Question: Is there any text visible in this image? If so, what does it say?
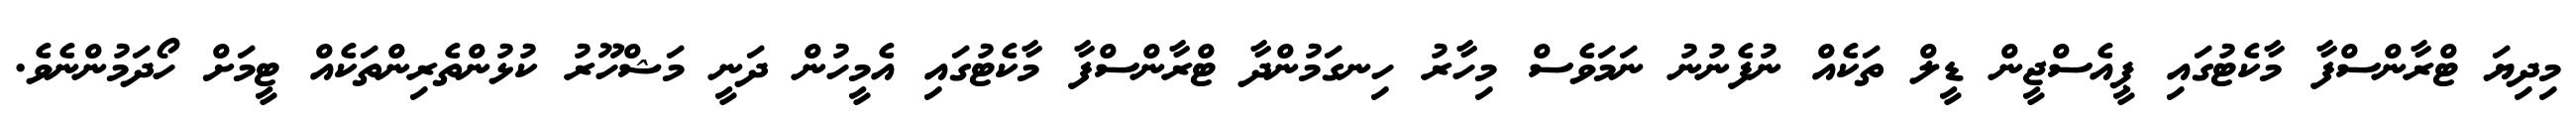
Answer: މިދިޔަ ޓްރާންސްފާ މާކެޓުގައި ޕީއެސްޖީން ޑީލް ތަކެއް ނުފެނުނު ނަމަވެސް މިހާރު ހިނގަމުންދާ ޓްރާންސްފާ މާކެޓުގައި އެމީހުން ދަނީ މަޝްހޫރު ކުޅުންތެރިންތަކެއް ޓީމަށް ހޯދަމުންނެވެ.